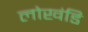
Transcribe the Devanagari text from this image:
लोखंडि